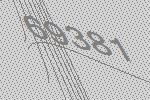
69381